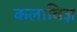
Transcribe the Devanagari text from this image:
कलाविज्ञ